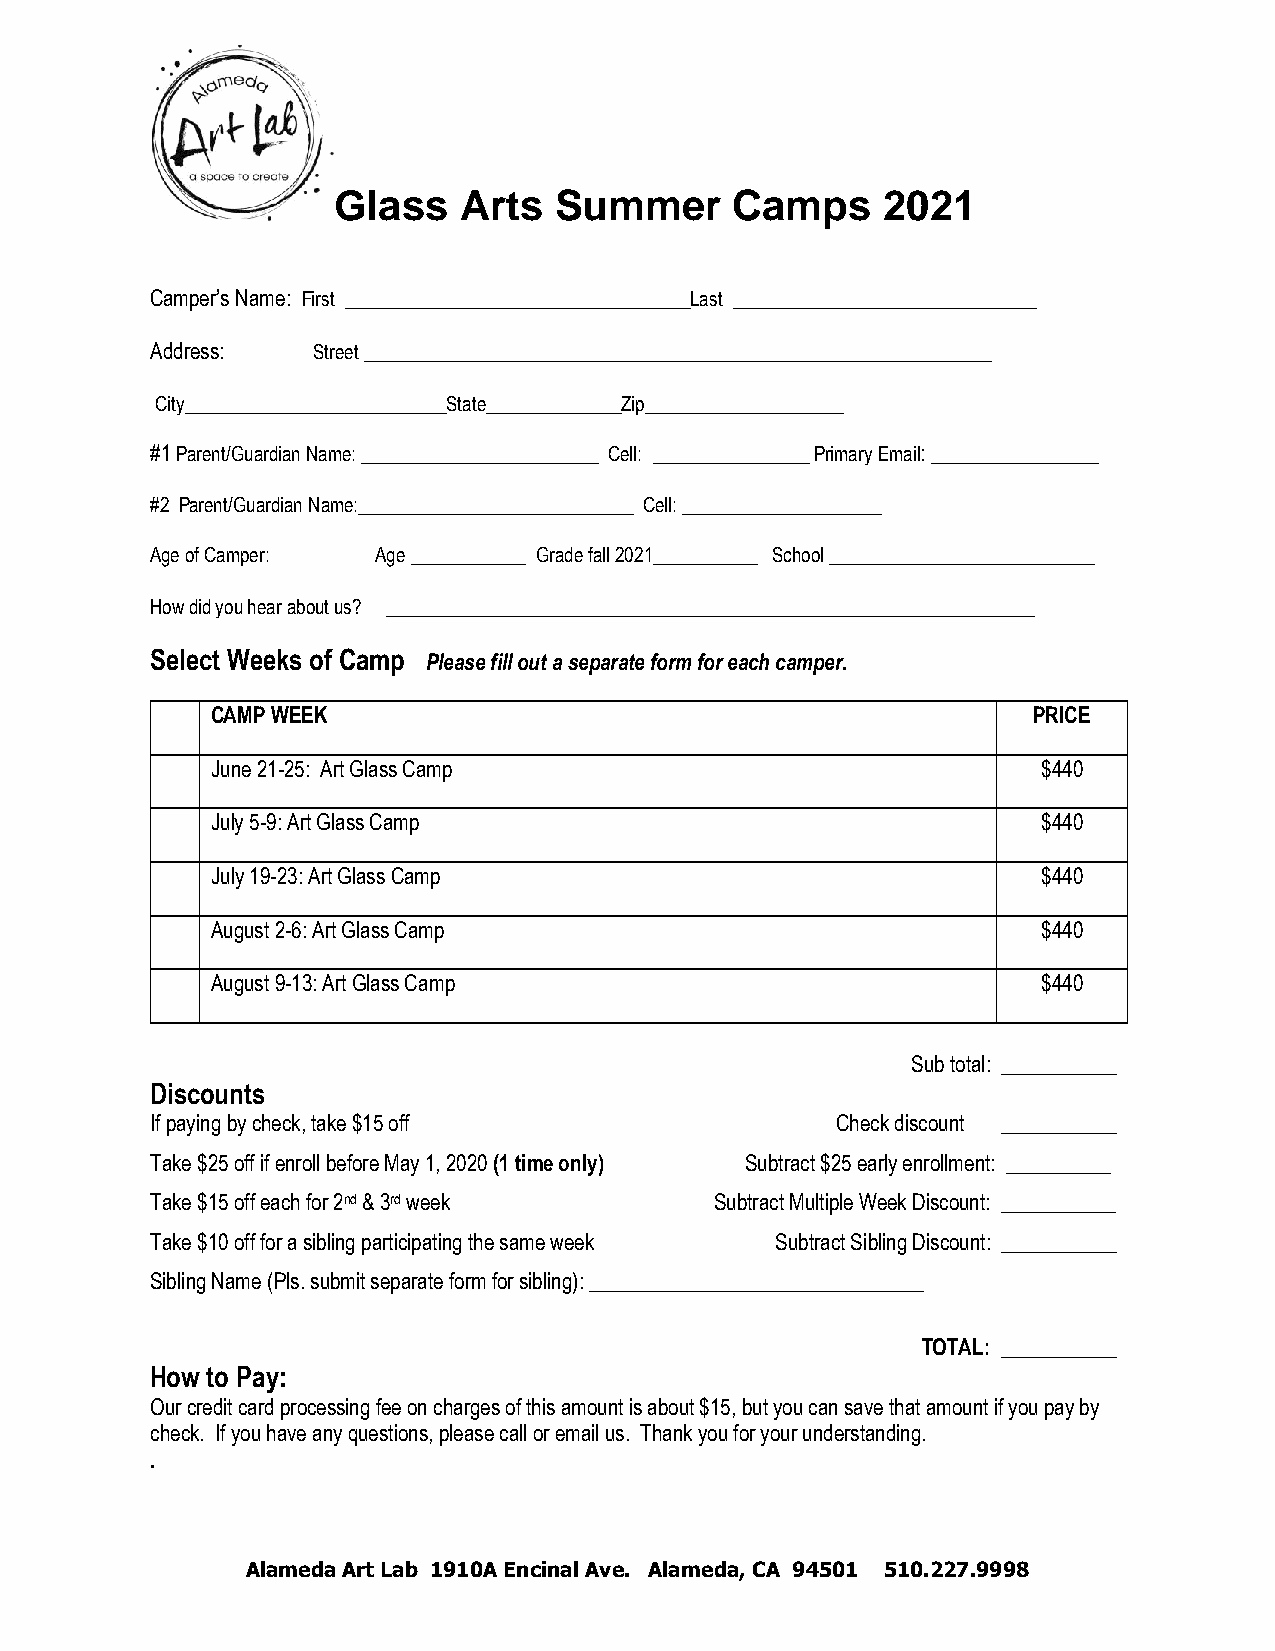
Glass   Arts   Summer     Camps     2021
 Camper’s Name: First _________________________________Last _____________________________
 Address:   Street ____________________________________________________________
 City_________________________State_____________Zip___________________
 #1 Parent/Guardian Name: _________________________ Cell: _______________ Primary Email: ________________
 #2 Parent/Guardian Name:_____________________________ Cell: _____________________
 Age of Camper: Age ___________ Grade fall 2021___________ School ____________________________
 How did you hear about us? ______________________________________________________________
 Select Weeks of Camp Please fill out a separate form for each camper.
 CAMP WEEK                                             PRICE
 June 21-25: Art Glass Camp                             $440
 July 5-9: Art Glass Camp                               $440
 July 19-23: Art Glass Camp                             $440
 August 2-6: Art Glass Camp                             $440
 August 9-13: Art Glass Camp                            $440
 Sub total: ___________
 Discounts
 If paying by check, take $15 off             Check discount ___________
 Take $25 off if enroll before May 1, 2020 (1 time only) Subtract $25 early enrollment: __________
 Take $15 off each for 2nd & 3rd week Subtract Multiple Week Discount: ___________
 Take $10 off for a sibling participating the same week Subtract Sibling Discount: ___________
 Sibling Name (Pls. submit separate form for sibling): ________________________________
 TOTAL: ___________
 How to Pay:
 Our credit card processing fee on charges of this amount is about $15, but you can save that amount if you pay by
 check. If you have any questions, please call or email us. Thank you for your understanding.
 .
 Alameda Art Lab 1910A Encinal Ave. Alameda, CA 94501 510.227.9998